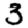
Digit: 3